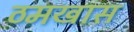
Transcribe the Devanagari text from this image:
ठमखास